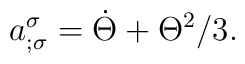
a_{;\sigma }^{\sigma }=\dot{\Theta}+\Theta ^{2}/3.